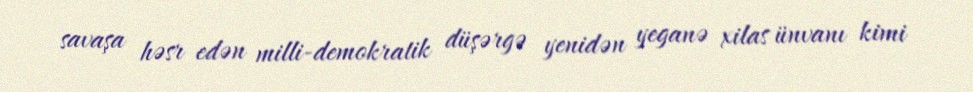
savaşa həsr edən milli-demokratik düşərgə yenidən yeganə xilas ünvanı kimi